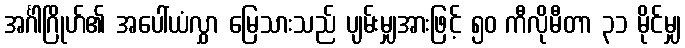
အင်္ဂါဂြိုဟ်၏ အပေါ်ယံလွှာ မြေသားသည် ပျမ်းမျှအားဖြင့် ၅၀ ကီလိုမီတာ ၃၁ မိုင်မျှ